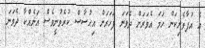
އެ އުފާވެރިކަން ހަމަ އެވަރަށް ދެވަނަ ފަހަރަށް އިޙުސާސް ކުރެވުނީވެސް އަނެއްކާ ދެވަނަ